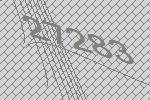
27283